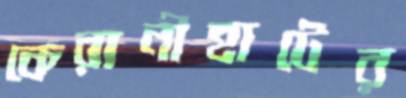
কেরানীহাটের